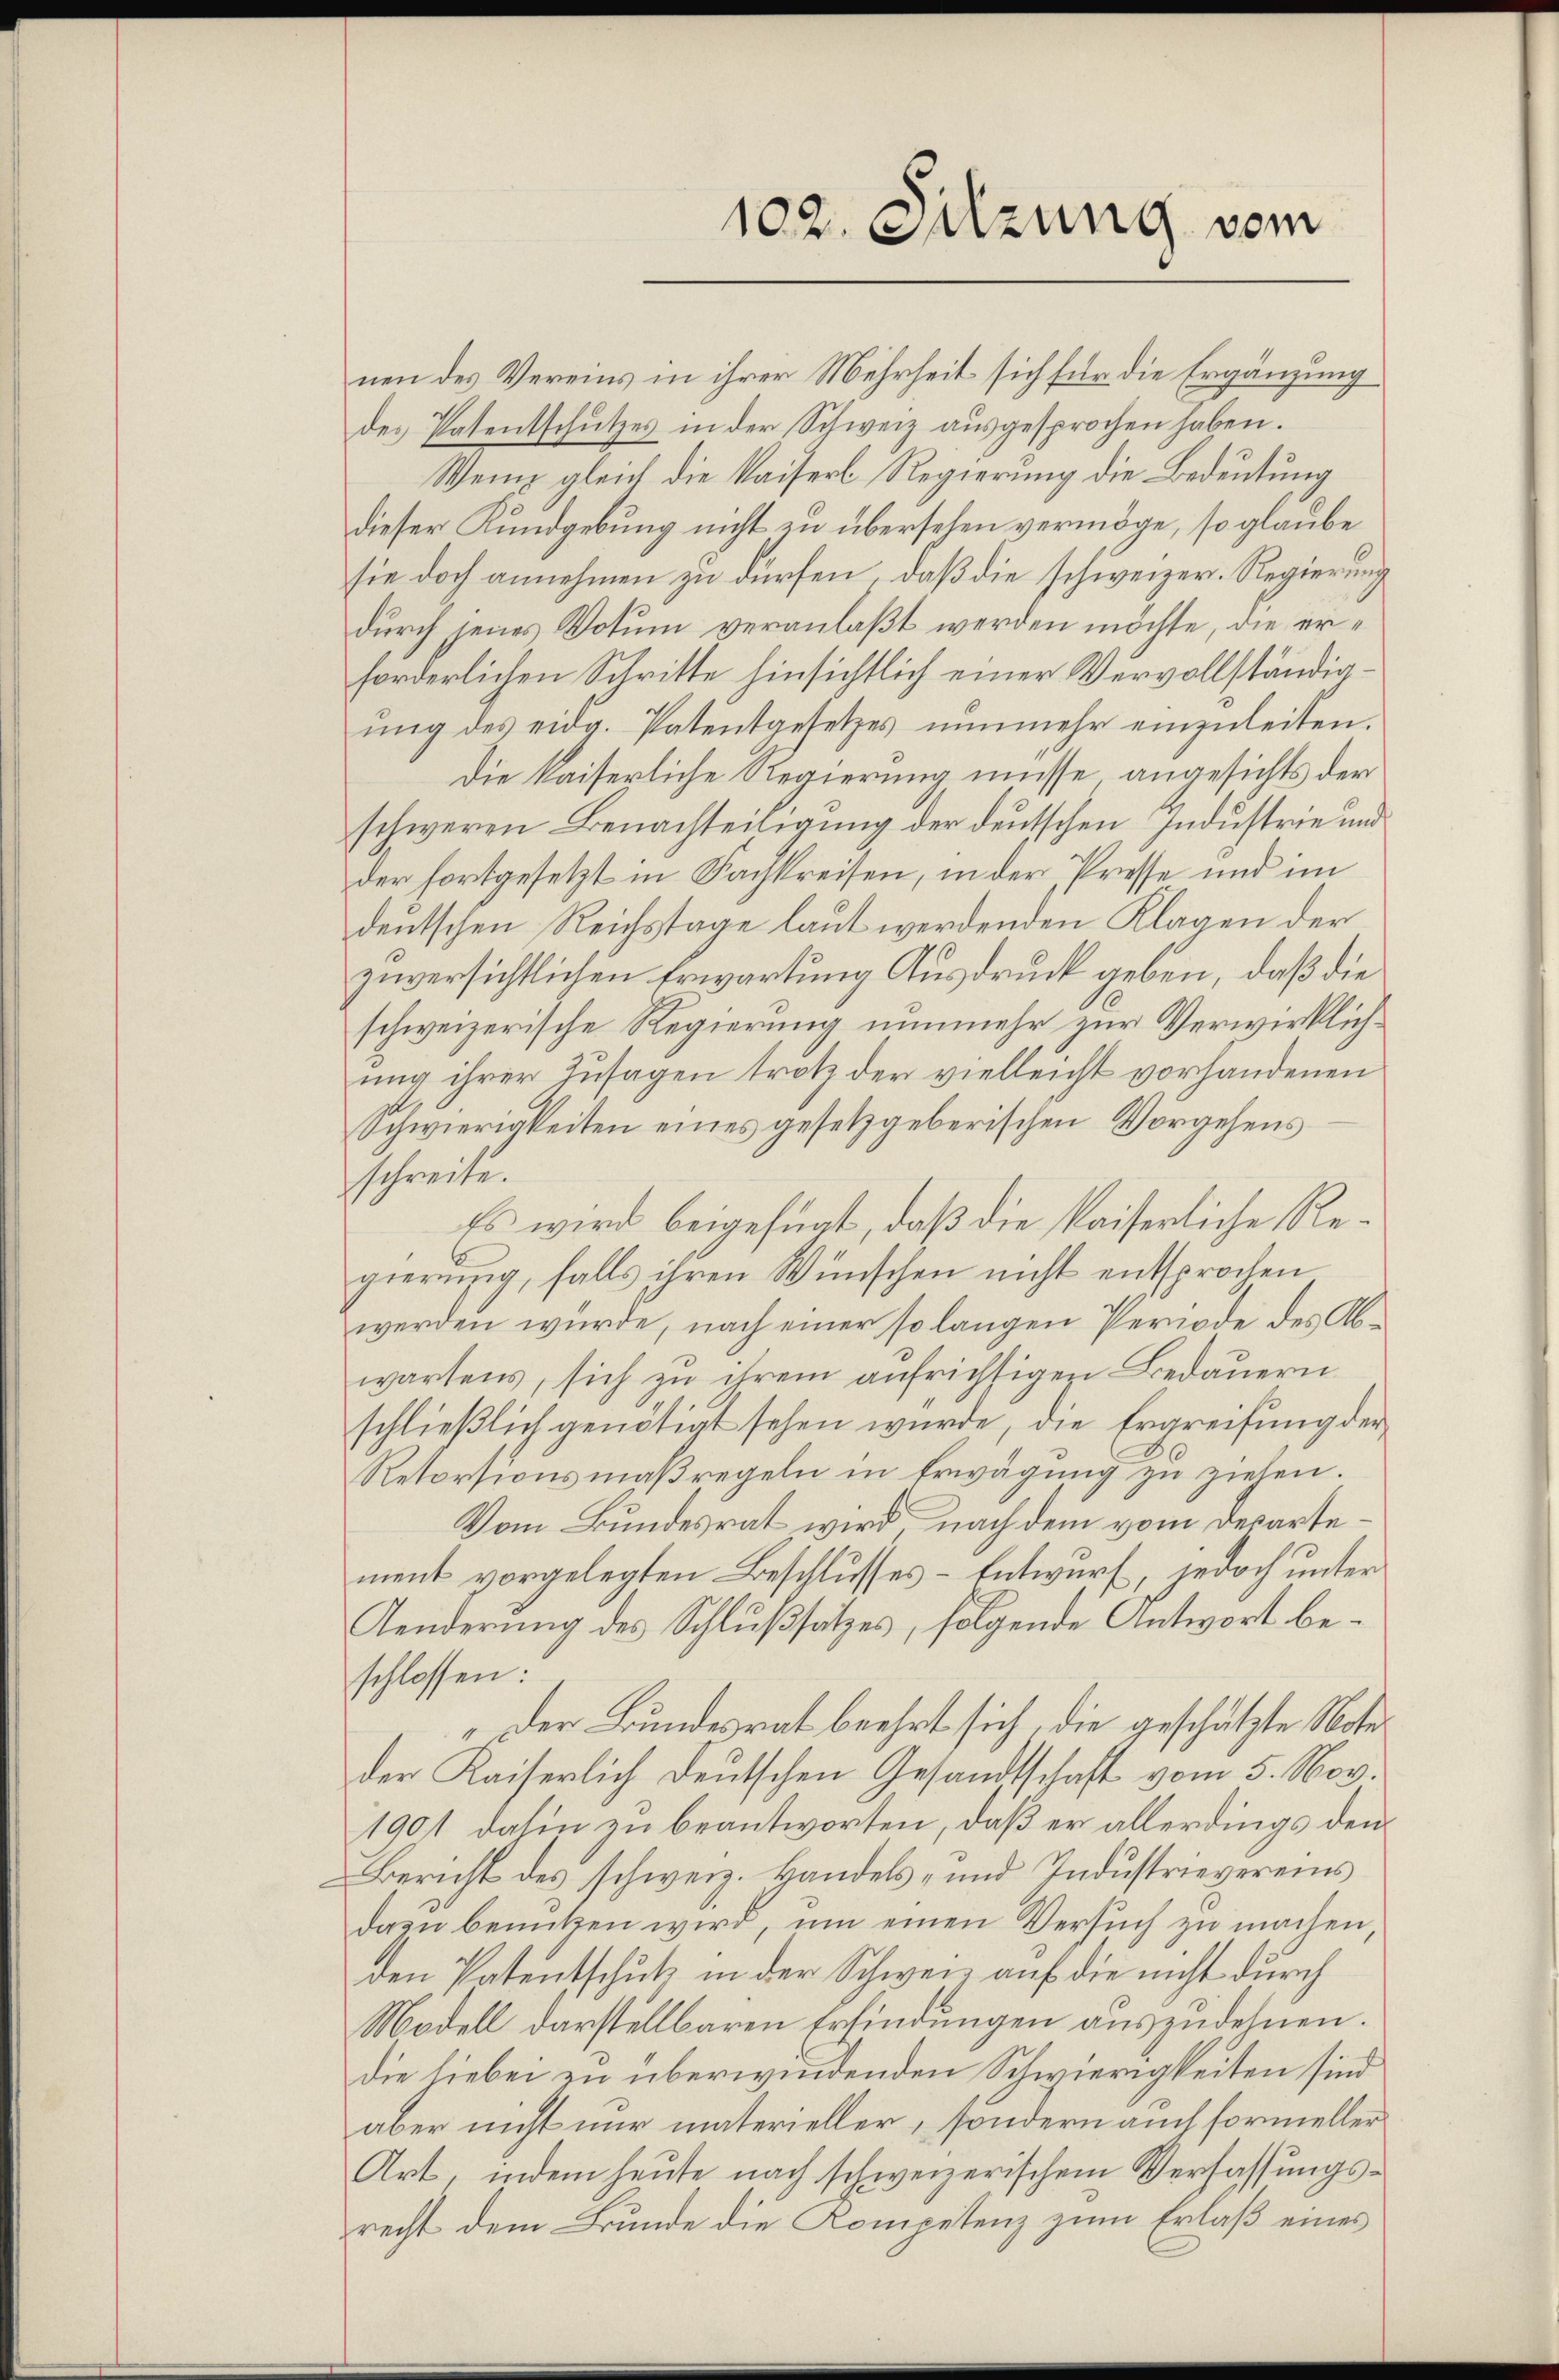
102. Sitzung vom

nen des Vereins in ihrer Mehrheit sich für die Ergänzung
des Patentschutzes in der Schweiz ausgesprochen haben.
Wenn gleich die Kaiserl Regierung die Bedeutung
dieser Kundgebung nicht zu übersehen vermöge, so glaube
sie doch annehmen zu dürfen, daß die schweizer. Regierung
durch jenes Votum veranlaßt werden möchte, die erforderlichen Schritte hinsichtlich einer Vervollständigŭng des eidg. Patentgesetzes nŭnmehr einzŭleiten.
die kaiserliche Regierung müsse angesichts der
schweren Benachteiligung der deutschen Industrie und
der fortgesetzt in Fachkreisen, in der Presse und im
deutschen Reichstage laut werdenden Klagen der
zuversichtlichen Erwartung Ausdruck geben, daß die
schweizerische Regierung nunmehr zur Verwirklichung ihrer Zusagen trotz der vielleicht vorhandenen
Schwierigkeiten eines gesetzgeberischen Vorgehens
schreibe.
Es wird beigefügt, daß die kaiserliche Regierung, falls ihren Wünschen nicht entsprochen
werden würde, nach einer so langen Periode des Abwartens, sich zu ihrem aufrichtigen Bedauern
schlieβlich genötigt sehen würde, die Ergreifung der
Retorsionsmaßregeln in Erwägung zu zielen.
Vom Bundesrat wird, nach dem vom Departement vorgelegten Beschlusses - Entwurf, jedoch unter
Aenderung des Schlußsatzes, folgende Antwort beschlossen:
„der Bundesrat beehrt sich, die geschätzte Noter
der Kaiserlich deutschen Gesandtschaft vom 5. Nov.
1901 dahin zu beantworten, daß er allerdings den
Bericht des schweiz. Handels- und Industrievereins
dazu benutzen wird, um einen Versuch zu machen,
den Patentschutz in der Schweiz auf die nicht durch
Modell darstellbaren Erfindungen auszudehnen.
die liebei en überwindenden Schwierigkeiten sind
aber nicht nur materieller, sondern auch formeller
Art, indem heute nach schweizerischem Verfassungsrecht dem Bunde die Kompetenz zum Erlaß eines